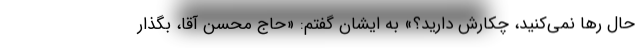
حال رها نمی‌کنید، چکارش دارید؟» به ایشان گفتم: «حاج محسن آقا، بگذار